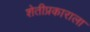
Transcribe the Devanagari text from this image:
शेतीप्रकाराला